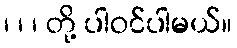
၊ ၊ ၊ တို့ ပါဝင်ပါမယ်။